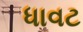
ધાવટ